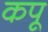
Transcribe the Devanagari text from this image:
कपू